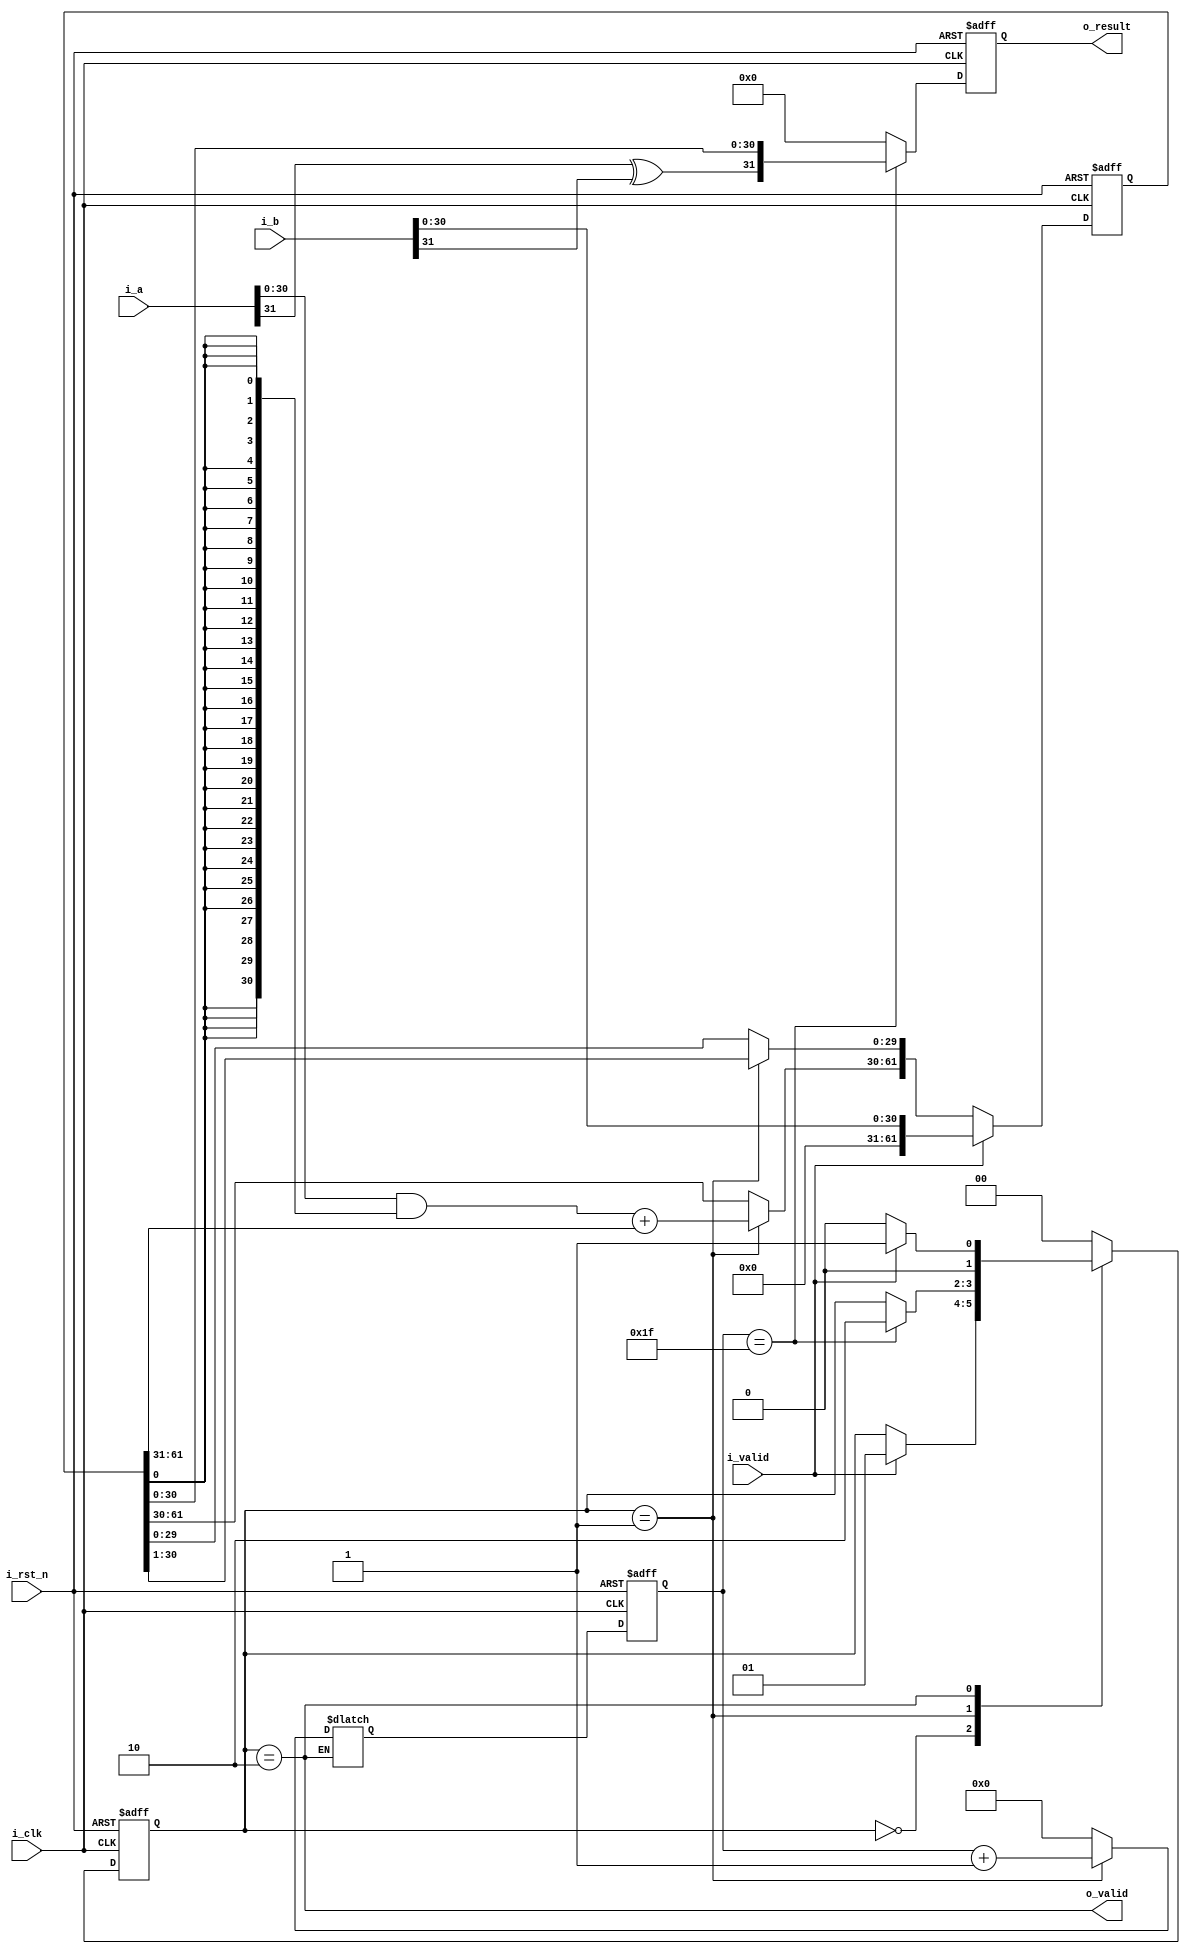
// -----------------------------------------------------------------------------
// INT multiplication module
// -----------------------------------------------------------------------------

module int_mul (
    input  i_rst_n,
    input  i_clk,
    input  i_valid,
    output o_valid,

    input  signed [31:0] i_a,
    input  signed [31:0] i_b,
    output signed [31:0] o_result
);

parameter IDLE = 0;
parameter CALC = 1;
parameter DONE = 2;

// wires & registers -------------------------------------------------

// control signals
reg  [1:0] state, next_state;
reg  [4:0] count, next_count;
wire last_cycle;

// computation signals
wire out_sign;
wire [30:0] add_in_a, add_in_b;
wire [31:0] add_out;
reg  [61:0] shift_reg, next_shift_reg; // 31 + 31 bits
reg  [31:0] result, next_result;

// wire assignments --------------------------------------------------
assign out_sign = i_a[31] ^ i_b[31];
assign last_cycle = (count == 31);

// adder
assign add_in_a = i_a[30:0] & {31{shift_reg[0]}};
assign add_in_b = shift_reg[61:31];
assign add_out = add_in_a + add_in_b;

// output
assign o_valid = (state == DONE);
assign o_result = result;

// combinational always block ----------------------------------------
always @(*) begin
    // next control signals
    case (state)
        IDLE: begin
	    if (i_valid) begin
	        next_state = CALC;
	    end
	    else begin
	        next_state = state;
	    end
	    next_count = 0;
	end
	CALC: begin
	    if (last_cycle) begin
	        next_state = DONE;
	    end
	    else begin
	        next_state = state;
	    end
	    next_count = count + 1;
	end
	DONE: begin
	    if (i_valid) begin
	        next_state = CALC;
	    end
	    else begin
	        next_state = IDLE;
	    end
	end
	default: begin
	    next_state = IDLE;
	    next_count = 0;
	end
    endcase

    // next shift register
    if (i_valid) begin
        next_shift_reg = {32'd0, i_b[30:0]};
    end
    else begin
        if (state == CALC) begin
	    next_shift_reg[29:0] = shift_reg[30:1];
	    next_shift_reg[61:30] = add_out;
	end
	else begin
	    next_shift_reg = shift_reg;
	end
    end

    // next output
    if (last_cycle) begin
        next_result = {out_sign, shift_reg[30:0]};
    end
    else begin
        next_result = 0;
    end
end

// sequential always block -------------------------------------------
always @(posedge i_clk or negedge i_rst_n) begin
    if (!i_rst_n) begin
	state <= IDLE;
	count <= 0;
	result <= 0;
	shift_reg <= 0;
    end
    else begin
	state <= next_state;
	count <= next_count;
	result <= next_result;
	shift_reg <= next_shift_reg;
    end
end

endmodule